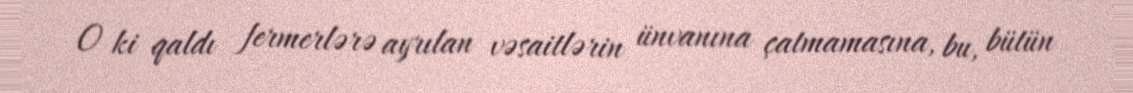
O ki qaldı fermerlərə ayrılan vəsaitlərin ünvanına çatmamasına, bu, bütün